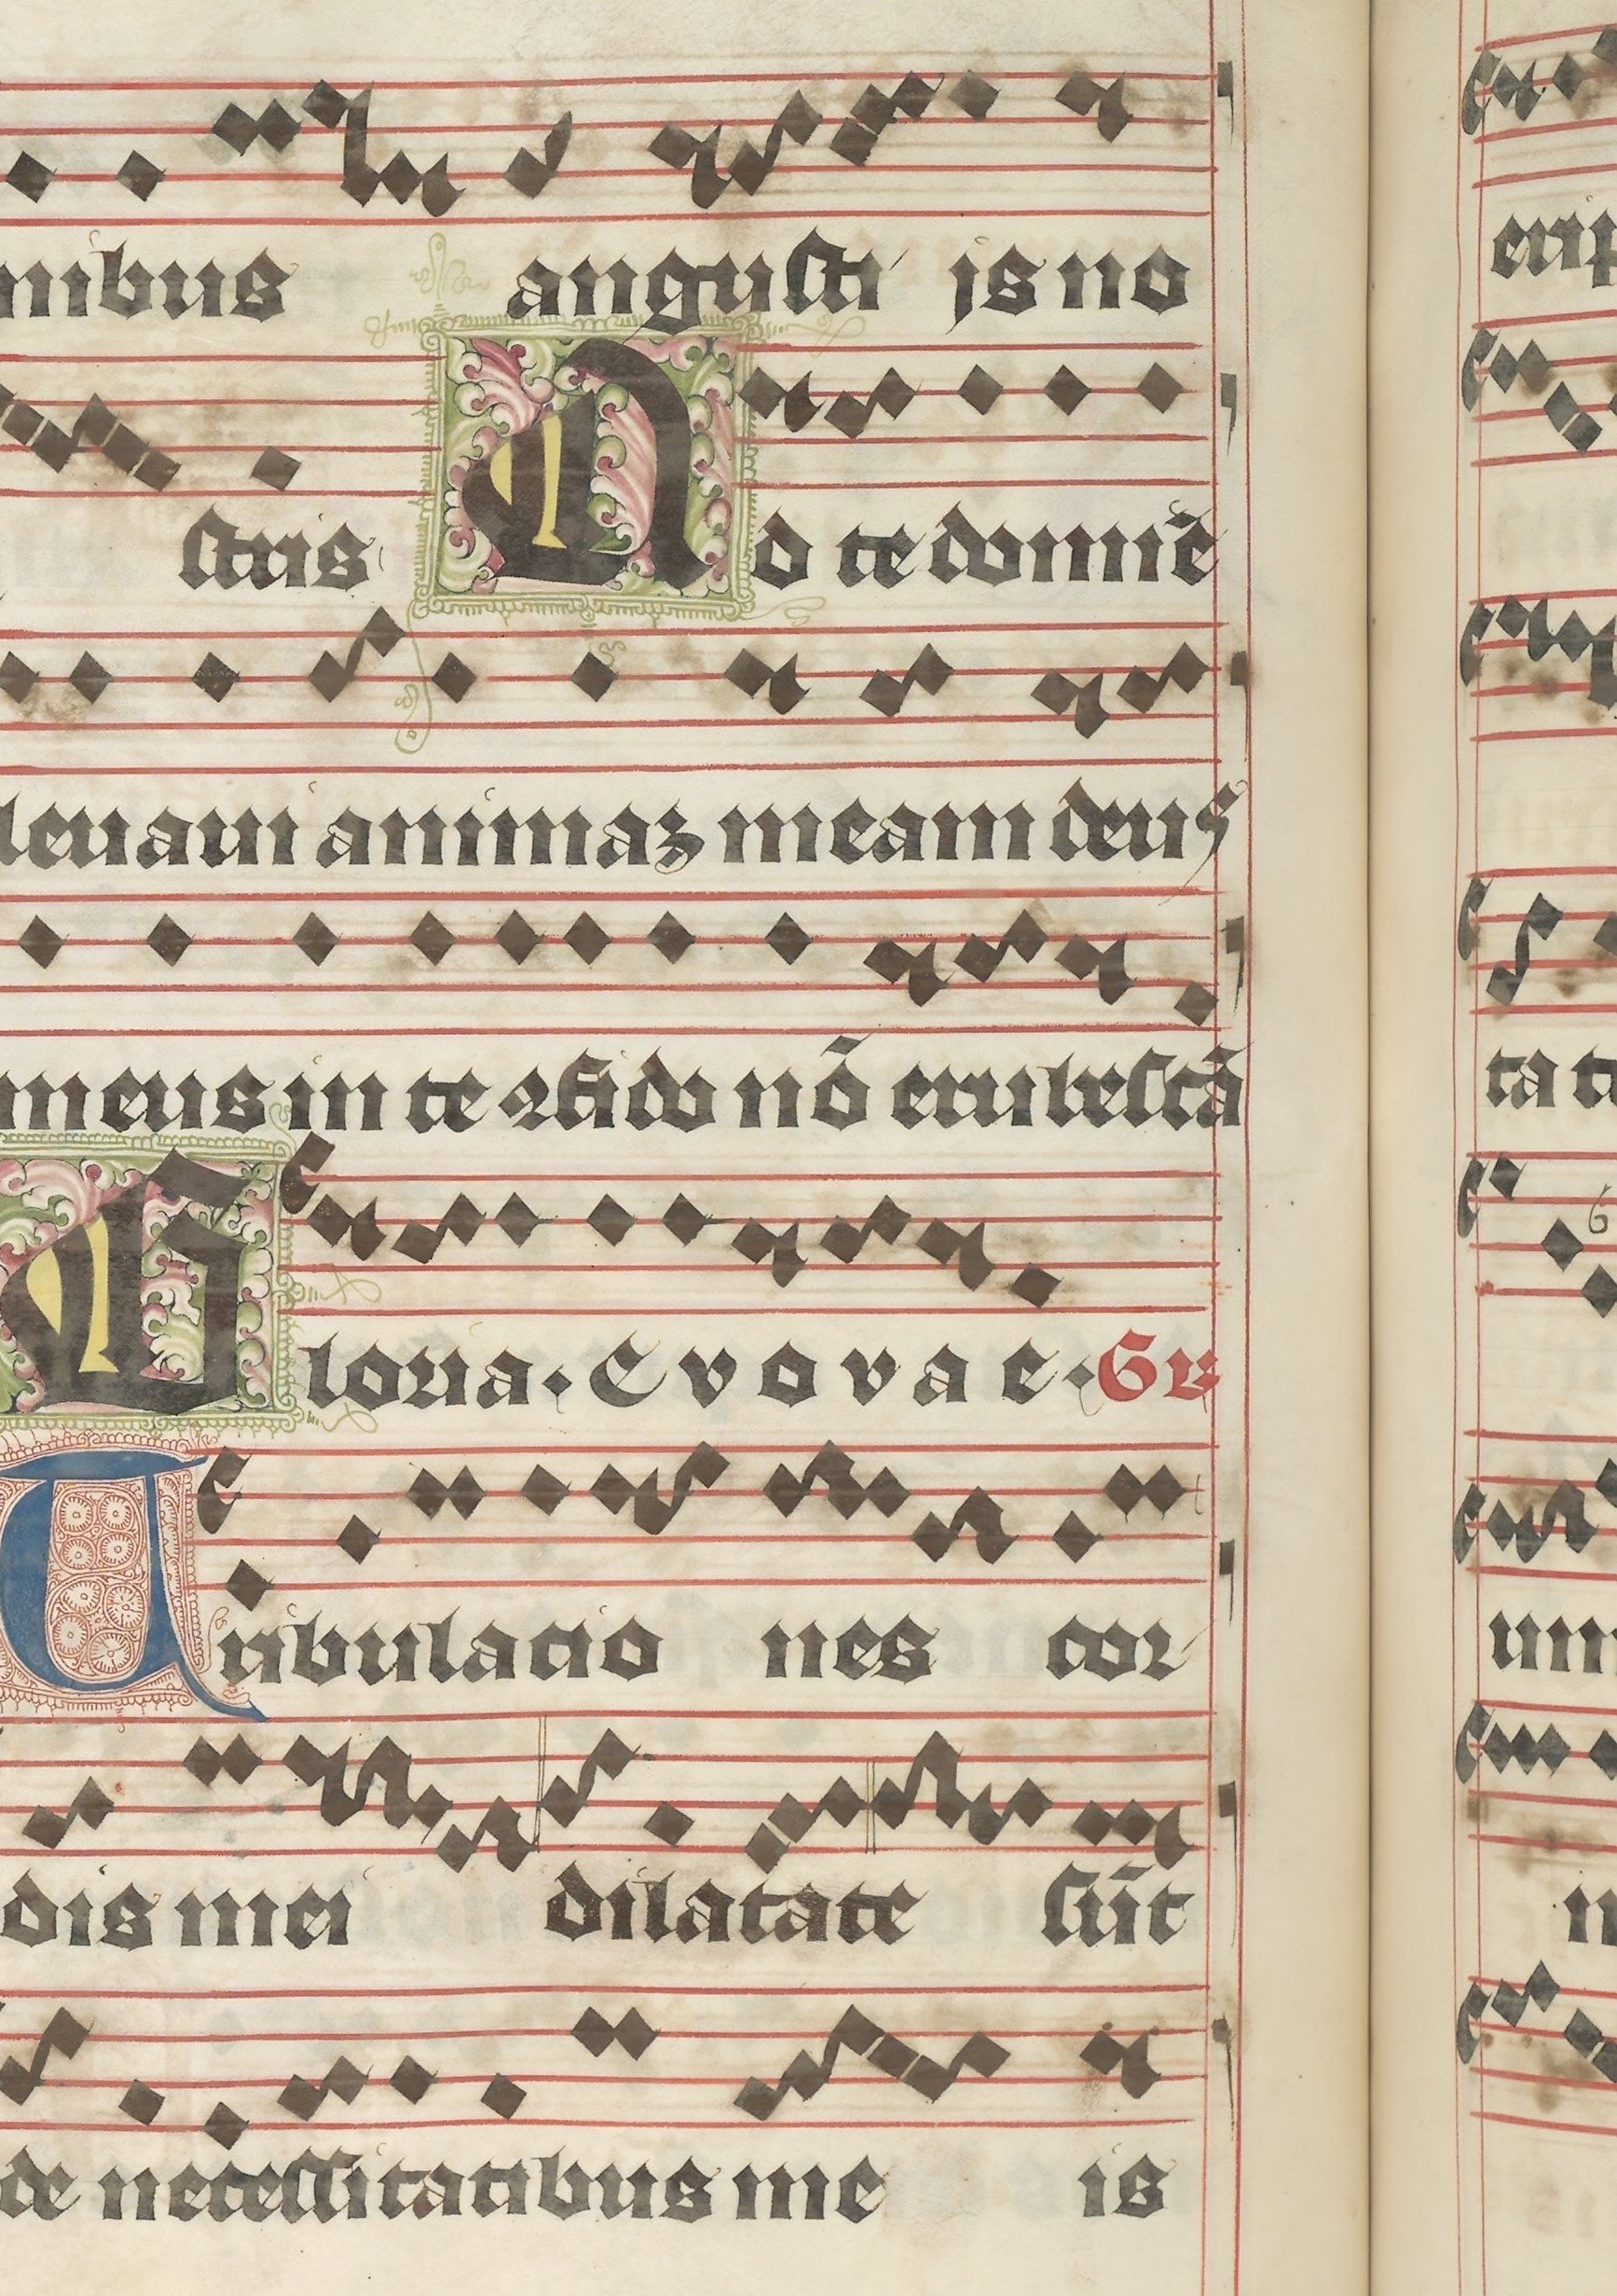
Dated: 1395–1425